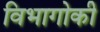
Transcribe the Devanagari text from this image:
विभागोकी